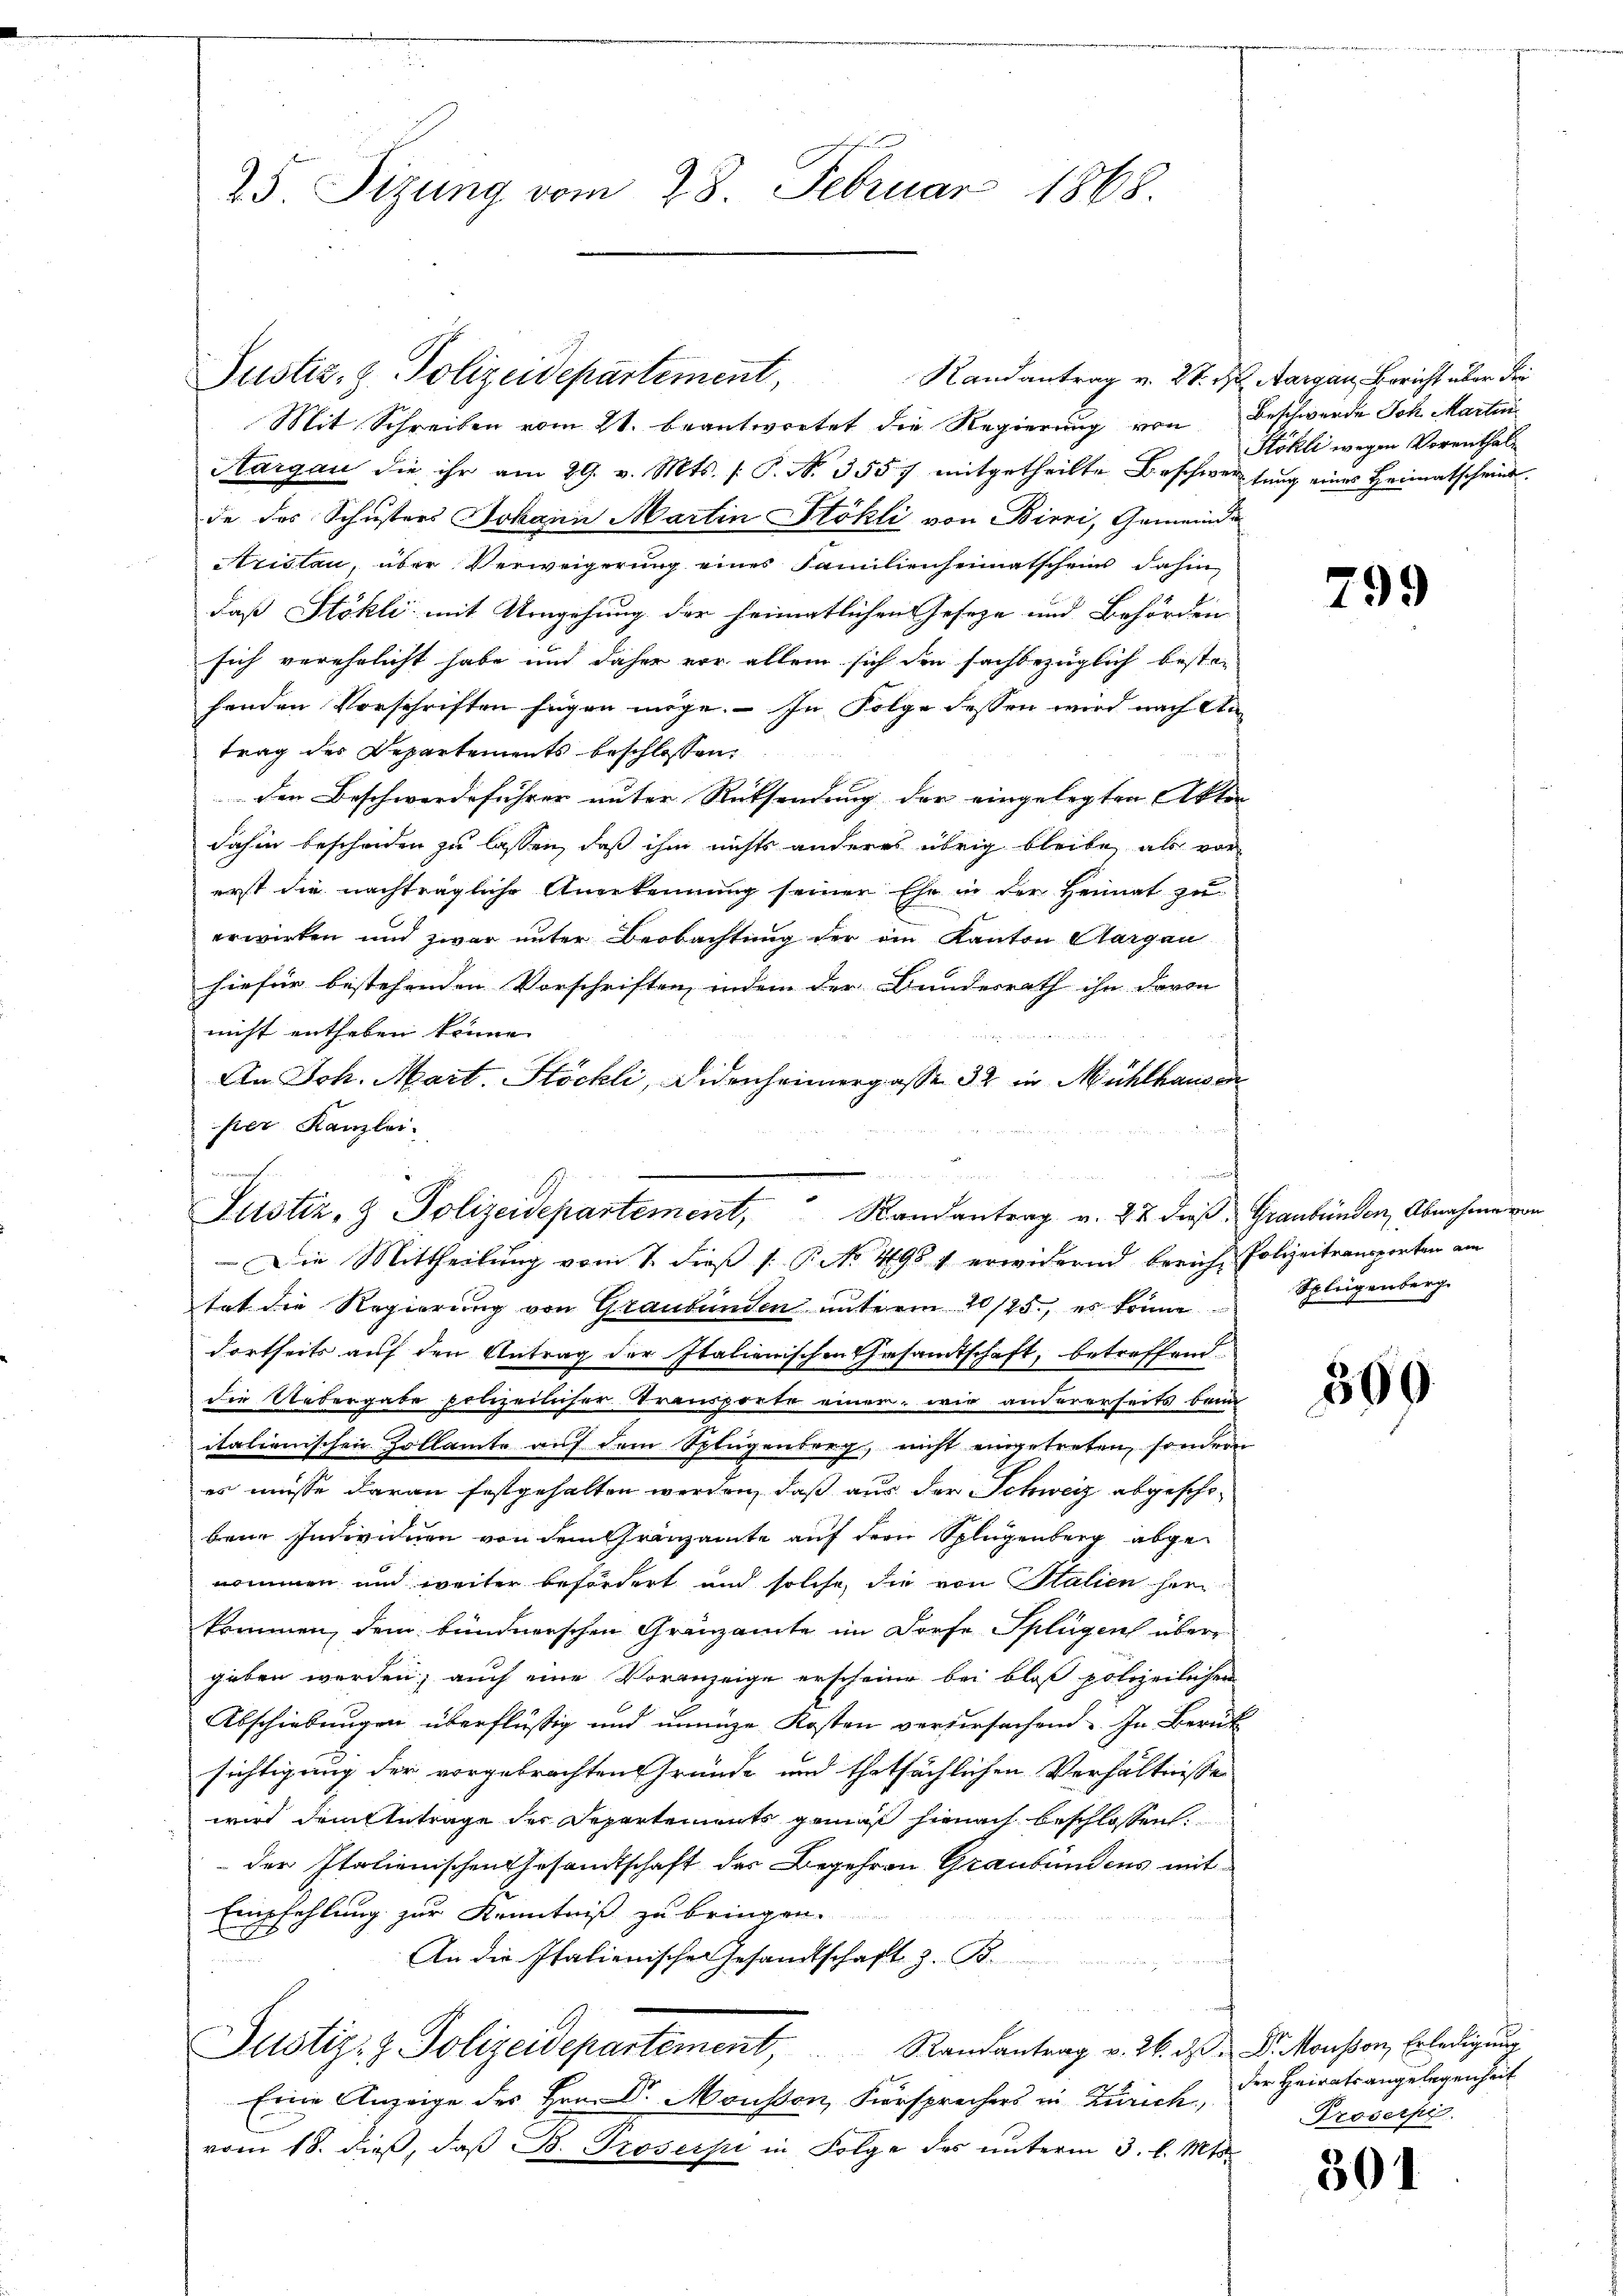
25. Sizung vom 28. Februar 1868.

Randantrag v. 28. d
Mit Schreiben vom 21. beantwortet die Regierung von
Aargau die ihr am 29. v. Mts. (: P. Nr. 3557 mitgetheilte Beschwertung eines Heimatscheint.
de des Schusters Johann Martin Stöhli von Birri, Gemeinde
Aristan, über Verweigerung eines Familienheimatschein dahin
daß Stökli mit Umgehung der heimatlichen Geseze und Behörden
sich verehelicht habe und daher vor allein sich den fachbezüglich besta-
fenden Vorschriften fügen möge. — In Folge dessen wird nach An
trag des Departements beschlossen:
den Beschwerdeführer unter Rücksendung der eingelegten Akten
dahin bescheiden zu lassen, daß ihm nichts anderes übrig bleibe, als vor
erst die nachträgliche Anerkennung seiner Ehe in der Heimat zu
erwirken und zwar unter Beobachtung der ein Kanton Aargau
hiefür bestehenden Vorschriften, indem der Bundesrath ihn davon |
nicht entheben könne.

An Joh. Mart. Köchli, Sidenheimergasse 32 in Mühlhausen
per Kanzlei
Die Mittheilung vom 1. dieß P. Nr. 498 f erwidernd breich Polizeitransporten am
hat die Regierung von Graubünden unterm 20/25., es könne
dortseits auf den Antrag der Italienischen Gesamtschaft, betreffend
die Uebergabe polizeilicher Transporte einen wir andererseits beim
italienischen Zollamte auf dem Splügenberg, nicht eingetreten, sondern
es müsse daran festgehalten werden, daß aus der Schweiz abgeschobene Individuen von dem Gränzamte auf der Splugenberg abgenommen und weiter befördert und solche die von Stalien herkommen, dem bundnerschen Gränzamte im Dorfe Splügen übergeben werden; auch eine Voranzeige erscheine bei bloß polizeilichen
Abschiebungen überflüßig und innige Kosten verursachend. In Berein
sichtigung der vorgebrachten Gründe und thatsächlichen Verhältnisse
wird dem Antrage der Departements gemäß hienach beschlossen
der Italienischen Gesandtschaft der Begehren Graubündens mit
Empfehlung zur Kenntniß zu bringen.
An die Italienischer Gesandtschaft z. B.
Justiz- & Polizeidepartement, Randantrag v. 26. ds Viktorsten, Erledigung
Eine Anzeige des Hrn. Dr. Mousson, Forsprechers in Zürich,
vom 18. dieß, daß B. Proserpi in Folge des unterm 3. l. Mts.

Justiz, z. Polizeidepartement,

Justiz- & Polizeidepartement, Randantrag v. 22 dies

Aargau, Bericht über der
Beschwerde Ich Martini
Stökli wegen Vorenthal¬

799

Graubünden, Abnahme von
Splegenberg.

309

der Heiratsangelegenheit
Proserpi.

301